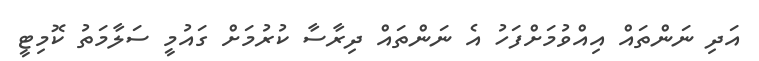
އަދި ނަންތައް އިއްވުމަށްފަހު އެ ނަންތައް ދިރާސާ ކުރުމަށް ގައުމީ ސަލާމަތު ކޮމިޓީ